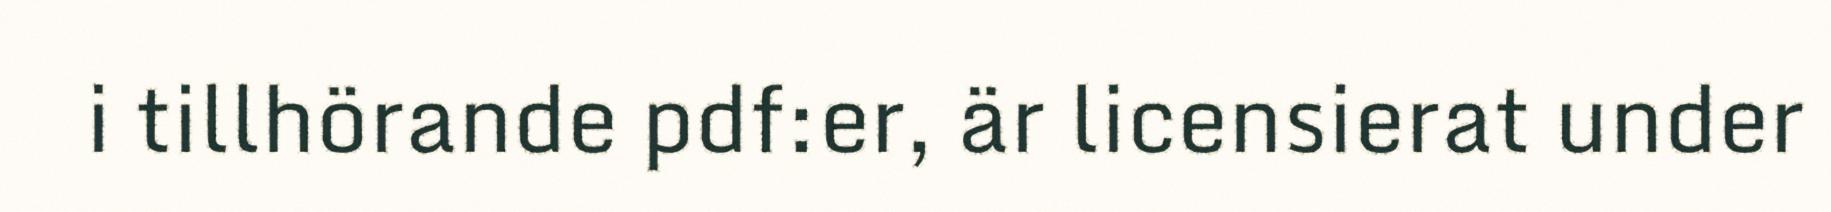
i tillhörande pdf:er, är licensierat under